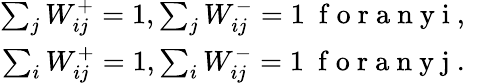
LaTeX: \begin{array}{r}{\sum_{j}W_{ij}^{+}=1,\sum_{j}W_{ij}^{-}=1\ \mathrm{~f~o~r~a~n~y~i~,~}}\\ {\sum_{i}W_{ij}^{+}=1,\sum_{i}W_{ij}^{-}=1\ \mathrm{~f~o~r~a~n~y~j~.~}}\end{array}